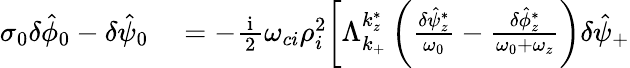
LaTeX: \begin{array}{rl}{\sigma_{0}\delta\hat{\phi}_{0}-\delta\hat{\psi}_{0}}&{{}=-\frac{\mathrm{~i~}}{2}\omega_{ci}\rho_{i}^{2}\bigg[\Lambda_{k_{+}}^{k_{z}^{*}}\left(\frac{\delta\hat{\psi}_{z}^{*}}{\omega_{0}}-\frac{\delta\hat{\phi}_{z}^{*}}{\omega_{0}+\omega_{z}}\right)\delta\hat{\psi}_{+}}\end{array}